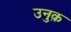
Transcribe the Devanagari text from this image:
उनुक़